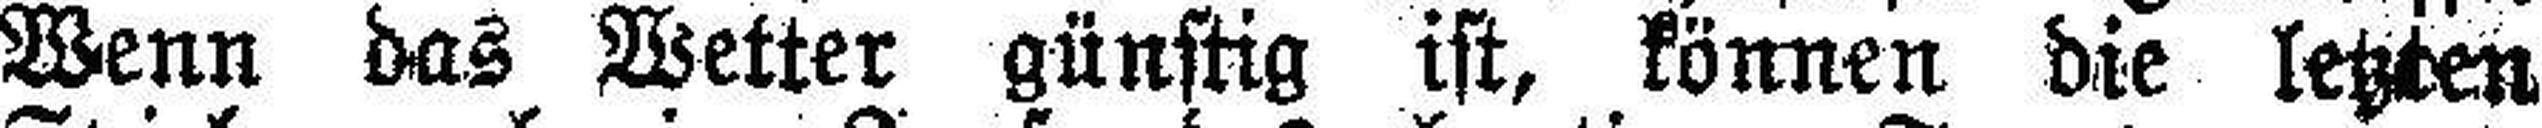
Wenn das Wetter günstig ist, können die letzten